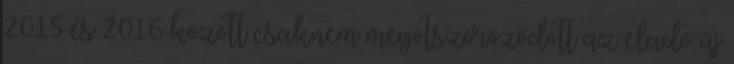
2015 és 2016 között csaknem megötszöröződött az eladó új